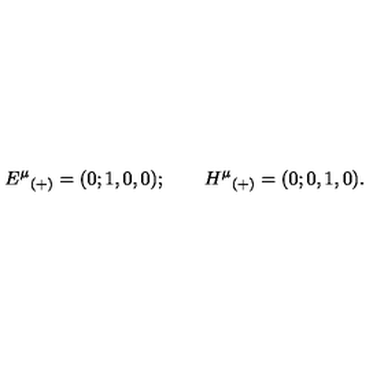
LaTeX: { E ^ { \mu } } _ { ( + ) } = ( 0 ; 1 , 0 , 0 ) ; \qquad { H ^ { \mu } } _ { ( + ) } = ( 0 ; 0 , 1 , 0 ) .